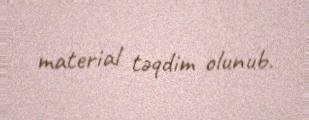
material təqdim olunub.